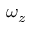
\omega _ { z }